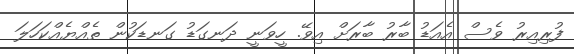
ފުރިއިރު ވެސް އެއަޑު ބާރު ބާރަށް އިވޭ. ހީވަނީ ދަނގަޑު ގަނޑަކުން ތެއްޔެއްކަހަލަ